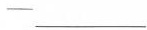
—___